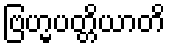
ဗြဟ္မပတ္တိယာတိ